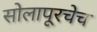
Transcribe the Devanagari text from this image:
सोलापूरचेच